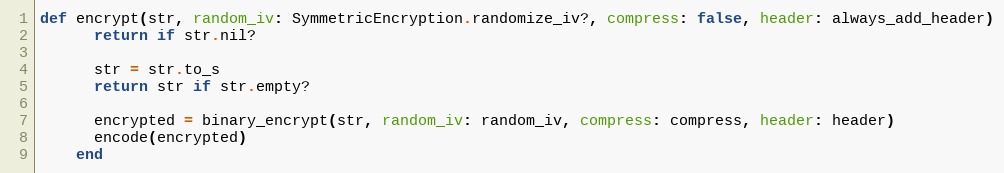
Language: Ruby
def encrypt(str, random_iv: SymmetricEncryption.randomize_iv?, compress: false, header: always_add_header)
      return if str.nil?

      str = str.to_s
      return str if str.empty?

      encrypted = binary_encrypt(str, random_iv: random_iv, compress: compress, header: header)
      encode(encrypted)
    end